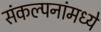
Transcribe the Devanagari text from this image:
संकल्पनांमध्ये